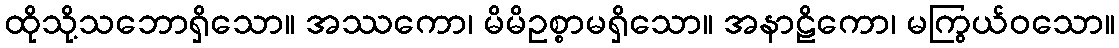
ထိုသို့သဘောရှိသော။ အဿကော၊ မိမိဥစ္စာမရှိသော။ အနာဠိကော၊ မကြွယ်ဝသော။